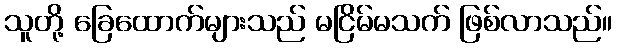
သူတို့ ခြေထောက်များသည် မငြိမ်မသက် ဖြစ်လာသည်။